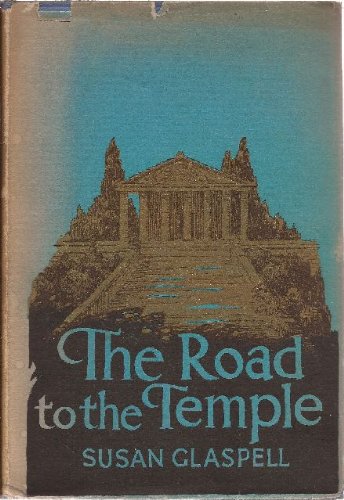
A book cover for The Road to the Temple; Susan Glaspell; Travel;